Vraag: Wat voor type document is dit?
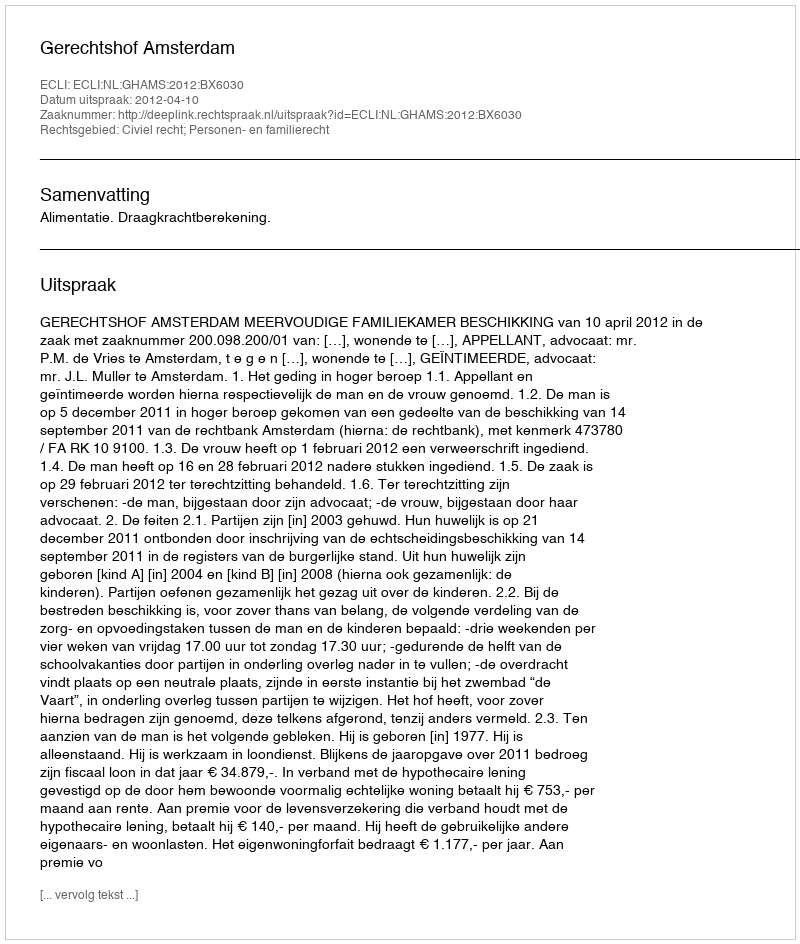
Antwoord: Uitspraak